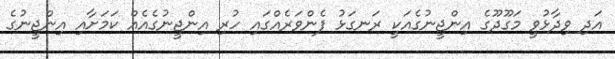
އަދި ވިދާޅުވީ މަގޫދޫގެ އިންޖީނުގެއަކީ ރަނގަޅު ފެންވަރެއްގައި ހުރި އިންޖީނުގެއެއް ކަމަށާއި އިންޖީނުގެ